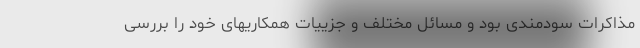
مذاکرات سودمندی بود و مسائل مختلف و جزییات همکاریهای خود را بررسی